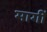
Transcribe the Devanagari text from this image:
मागीँ